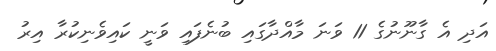
އަދި އެ ގާނޫނުގެ 11 ވަނަ މާއްދާގައި ބުނެފައި ވަނީ ކައިވެނިކުރާ އިރު